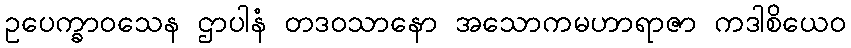
ဥပေက္ခာဝသေန ဌာပါနံ တဒဝသာနော အသောကမဟာရာဇာ ကဒါစိယေဝ